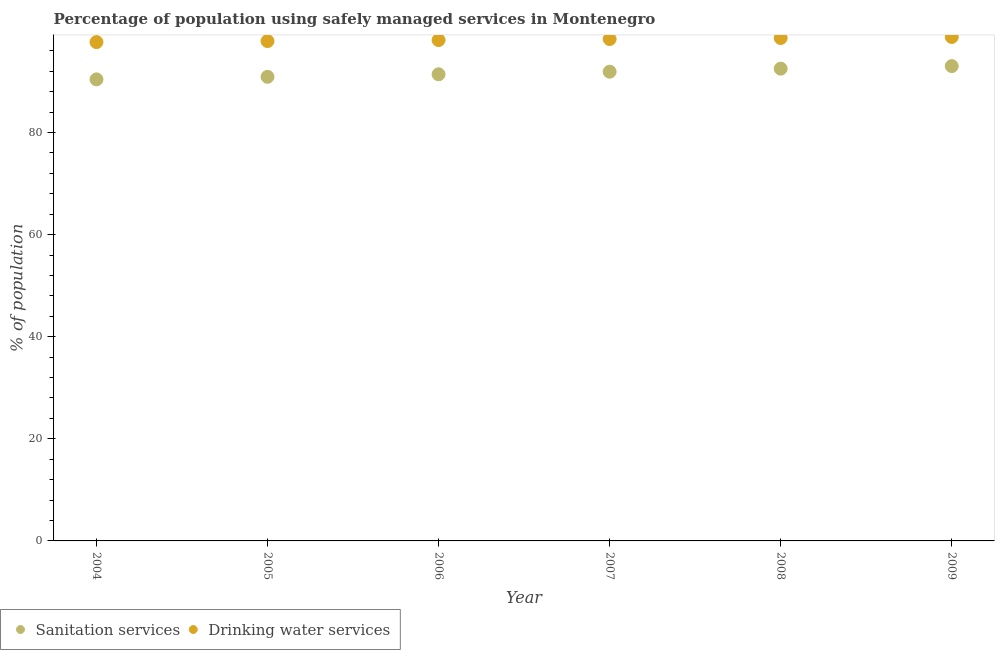
| Year | Sanitation services | Drinking water services |
 | --- | --- | --- |
 | 2004 | 90.4 | 97.7 |
 | 2005 | 90.9 | 97.9 |
 | 2006 | 91.4 | 98.1 |
 | 2007 | 91.9 | 98.3 |
 | 2008 | 92.5 | 98.5 |
 | 2009 | 93 | 98.7 |